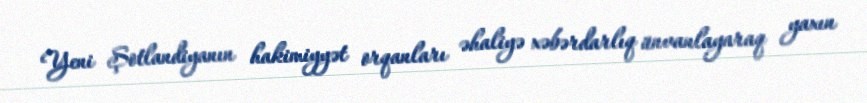
Yeni Şotlandiyanın hakimiyyət orqanları əhaliyə xəbərdarlıq ünvanlayaraq yaxın